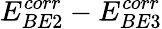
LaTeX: E_{BE2}^{corr}-E_{BE3}^{corr}